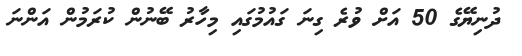
ދުނިޔޭގެ 50 އަށް ވުރެ ގިނަ ގައުމުގައި މިހާރު ބޭނުން ކުރަމުން އަންނަ